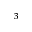
^ { 3 }